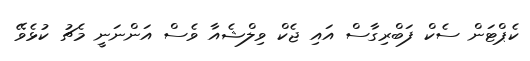
ކެޕްޓަން ސެކް ފަބްރިގާސް އައި ޖެކް ވިލްޝެއާ ވެސް އަންނަނީ މެޗު ކުޅެވޭ